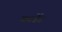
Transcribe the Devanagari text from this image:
कार्डेड